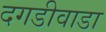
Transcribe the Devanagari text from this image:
दगडीवाडा